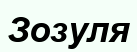
Зозуля